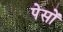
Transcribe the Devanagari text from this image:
पेसों